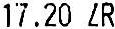
17.20 ZR